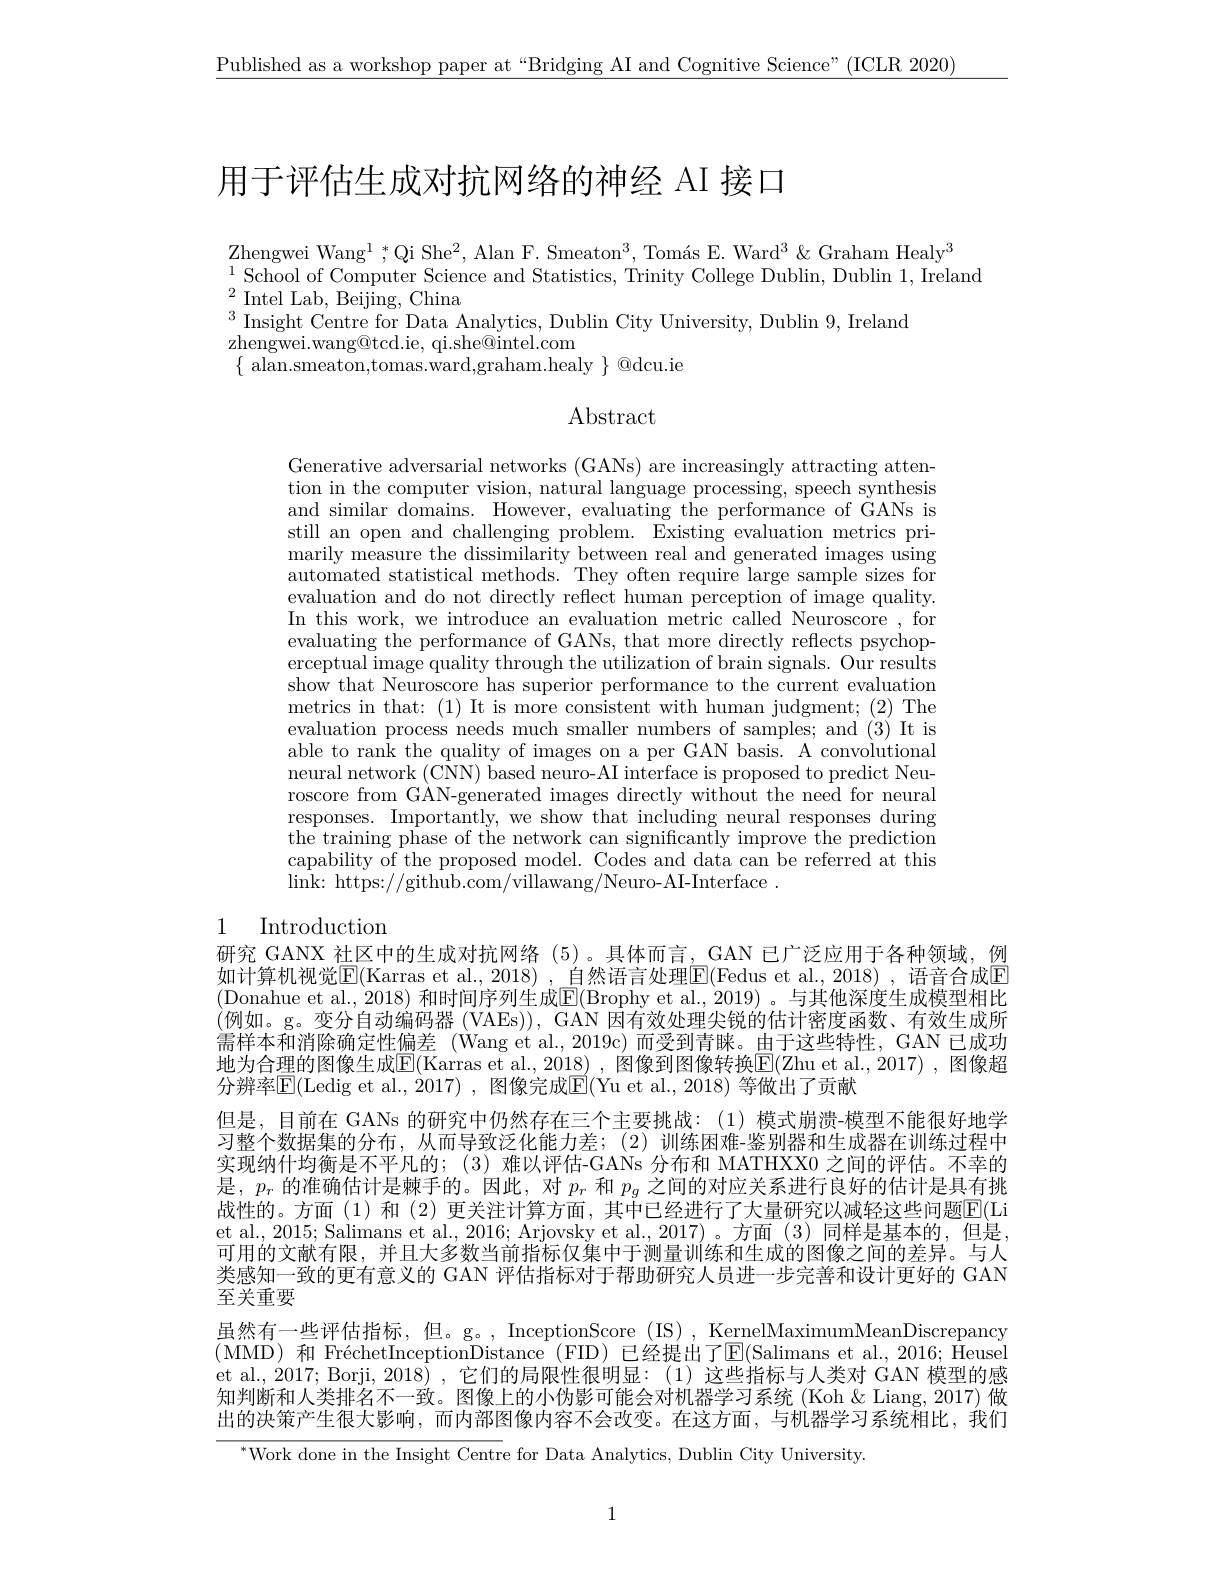
$\underline{\text{Published as a workshop paper at“Bridging AI and Cognitive Science"(ICLR 2020)}}$

# 用于评估生成对抗网络的神经 AI 接口

Zhengwei Wan$g^{1}$ , $ ^{* }$Qi Sh$e^{2}$, Alan F. Smeato$n^{3}$, Tom$\' {a}$s E. War$d^{3}\&$ Graham Heal$y^{3}$
$^{1}$School of Computer Science and Statistics, Trinity College Dublin, Dublin 1,Ireland
${}^{2}{\mathrm{~Intel~Lab,~Beijing,~China}}$
$^{3}$ Insight Centre for Data Analytics, Dublin City University, Dublin 9, Ireland
$\bar{\text{zhengwei.wang@tcd.ie, qi.she@intel.com}}$
$\{$ alan.smeaton,tomas.ward,graham.healy $\}@$dcu.ie

$\operatorname{Abstract}$

Generative adversarial networks (GANs) are increasingly attracting attention in the computer vision, natural language processing, speech synthesis and similar domains. However, evaluating the performance of GANs is still an open and challenging problem. Existing evaluation metrics primarily measure the dissimilarity between real and generated images using automated statistical methods. They often require large sample sizes for evaluation and do not directly reflect human perception of image quality. In this work, we introduce an evaluation metric called Neuroscore , for evaluating the performance of GANs, that more directly reflects psychoperceptual image quality through the utilization of brain signals. Our results show that Neuroscore has superior performance to the current evaluation metrics in that: (1) It is more consistent with human judgment; (2) The evaluation process needs much smaller numbers of samples; and (3) It is able to rank the quality of images on a per GAN basis. A convolutional neural network (CNN) based neuro-AI interface is proposed to predict Neuroscore from GAN-generated images directly without the need for neural responses. Importantly, we show that including neural responses during $\bar{\text{the training phase of the network can significantly improve the prediction}}$ capability of the proposed model. Codes and data can be referred at this $\operatorname*{link:}$ https://github.com/villawang/Neuro-AI-Interface.

# 1 Introduction

研究 GANX 社区中的生成对抗网络 (5)。具体而言，GAN 已广泛应用于各种领域，例如计算机视觉$\boxed{\mathrm{F}}($Karras et al.,2018) ,自然语言处理$\boxed{\mathrm{E}}($Fedus et al.,2018) ,语音合成$\boxed{\mathrm{E}}$ (Donahue et al., 2018) 和时间序列生成$\overline{\mathrm{E}}($Brophy et al., 2019)。与其他深度生成模型相比(例如。g。变分自动编码器 (VAEs)), GAN 因有效处理尖锐的估计密度函数、有效生成所需样本和消除确定性偏差 (Wang et al.,2019c)而受到青睐。由于这些特性，GAN 已成功地为合理的图像生成E(Karras et al.,2018), 图像到图像转换E(Zhu et al.,2017) ,图像超分辨率$\boxed{\mathrm{E}}($Ledig et al.,2017) , 图像完成$\boxed{\mathrm{E}}($Yu et al., 2018) 等做出了贡献
但是，目前在 GANs 的研究中仍然存在三个主要挑战：(1)模式崩溃-模型不能很好地学习整个数据集的分布，从而导致泛化能力差；(2)训练困难-鉴别器和生成器在训练过程中实现纳什均衡是不平凡的；(3)难以评估-GANs 分布和 MATHXX0 之间的评估。不幸的是，$p_r$的准确估计是棘手的。因此，对$p_r$和$p_g$之间的对应关系进行良好的估计是具有挑战性的。方面(1)和(2)更关注计算方面，其中已经进行了大量研究以减轻这些问题$\color{red}{\mathrm{E}}($Li et al., 2015; Salimans et al., 2016; Arjovsky et al., 2017)。方面(3) 同样是基本的，但是， 可用的文献有限，并且大多数当前指标仅集中于测量训练和生成的图像之间的差异。与人类感知一致的更有意义的 GAN 评估指标对于帮助研究人员进一步完善和设计更好的 GAN 至关重要
虽然有一些评估指标，但。g。, InceptionScore (IS) , KernelMaximumMeanDiscrepancy (MMD)和FréchetInceptionDistance (FID)已经提出了$\overline{\mathrm{E}}($Salimans et al.,2016; Heusel et al., 2017; Borji, 2018), 它们的局限性很明显：(1)这些指标与人类对 GAN 模型的感知判断和人类排名不一致。图像上的小伪影可能会对机器学习系统 (Koh&Liang, 2017) 做出的决策产生很大影响，而内部图像内容不会改变。在这方面，与机器学习系统相比，我们
$^{*}$Work done in the Insight Centre for Data Analytics, Dublin City University.

1